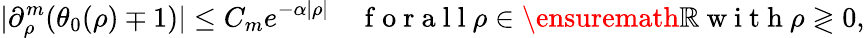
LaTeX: |\partial_{\rho}^{m}(\theta_{0}(\rho)\mp 1)|\leq C_{m}e^{-\alpha|\rho|}\quad\mathrm{~f~o~r~a~l~l~}\rho\in\ensuremath{\mathbb{R}}\mathrm{~w~i~t~h~}\rho\gtrless 0,